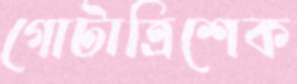
গোটাত্রিশেক